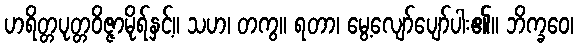
ဟရိတ္တပုတ္တဝိဇ္ဇာမိုရ်နှင့်။ သဟ၊ တကွ။ ရတာ၊ မွေ့လျော်ပျော်ပါး၏။ ဘိက္ခဝေ၊